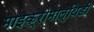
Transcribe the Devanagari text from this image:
माइक्रोमाल्थिडी